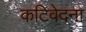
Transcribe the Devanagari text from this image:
कटिवेदना